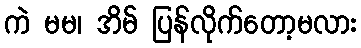
ကဲ မမ၊ အိမ် ပြန်လိုက်တော့မလား